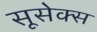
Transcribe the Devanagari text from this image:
सूसेक्स